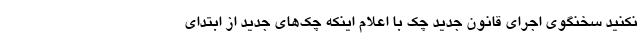
نکنید سخنگوی اجرای قانون جدید چک با اعلام اینکه چک‌های جدید از ابتدای